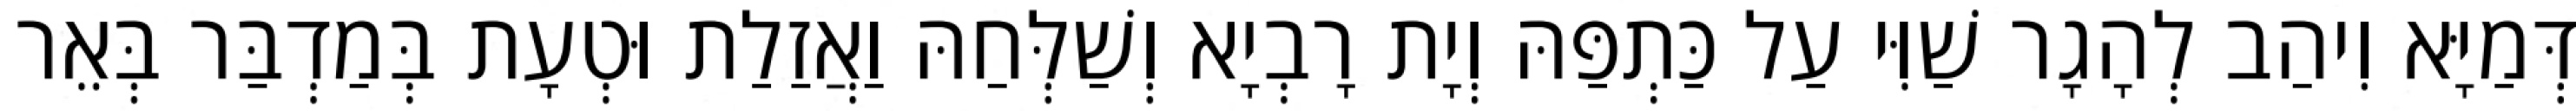
דְּמַיָּא וִיהַב לְהָגָר שַׁוִּי עַל כַּתְפַּהּ וְיָת רָבְיָא וְשַׁלְּחַהּ וַאֲזַלַת וּטְעָת בְּמַדְבַּר בְּאֵר